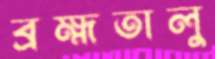
ব্রহ্মতালু